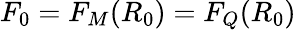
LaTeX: F_{0}=F_{M}(R_{0})=F_{Q}(R_{0})